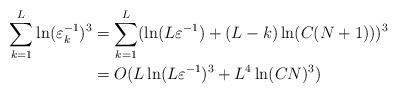
LaTeX: \begin{align*} \sum_{k=1}^L \ln(\varepsilon_k^{-1})^3 &= \sum_{k=1}^L (\ln(L\varepsilon^{-1}) + (L-k)\ln(C(N+1)))^3 \\ &= O(L\ln(L\varepsilon^{-1})^3 + L^4\ln(CN)^3)\end{align*}